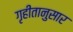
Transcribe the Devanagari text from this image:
गृहीतानुसार